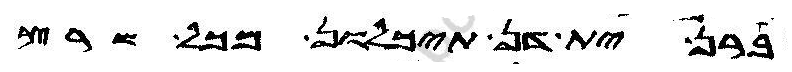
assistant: ברן ית דן תיכלון מכל שרץ